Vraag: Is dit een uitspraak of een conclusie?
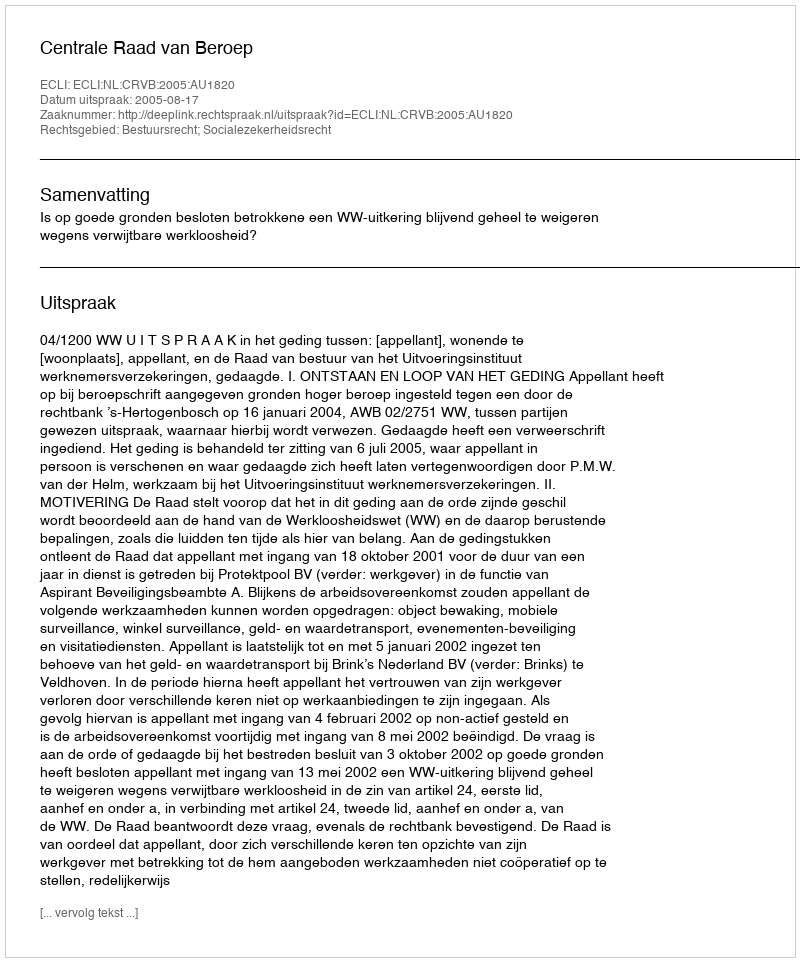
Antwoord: Uitspraak